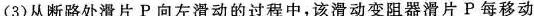
(3)从断路处滑片P向左滑动的过程中，该滑动变阻器滑片P每移动